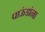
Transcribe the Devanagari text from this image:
पाऊंडांना